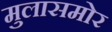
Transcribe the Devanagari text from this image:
मुलासमोर